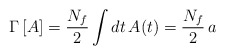
\begin{align*}\Gamma\,[A]=\frac{N_f}{2}\int dt\,A(t)=\frac{N_f}{2}\,a\end{align*}